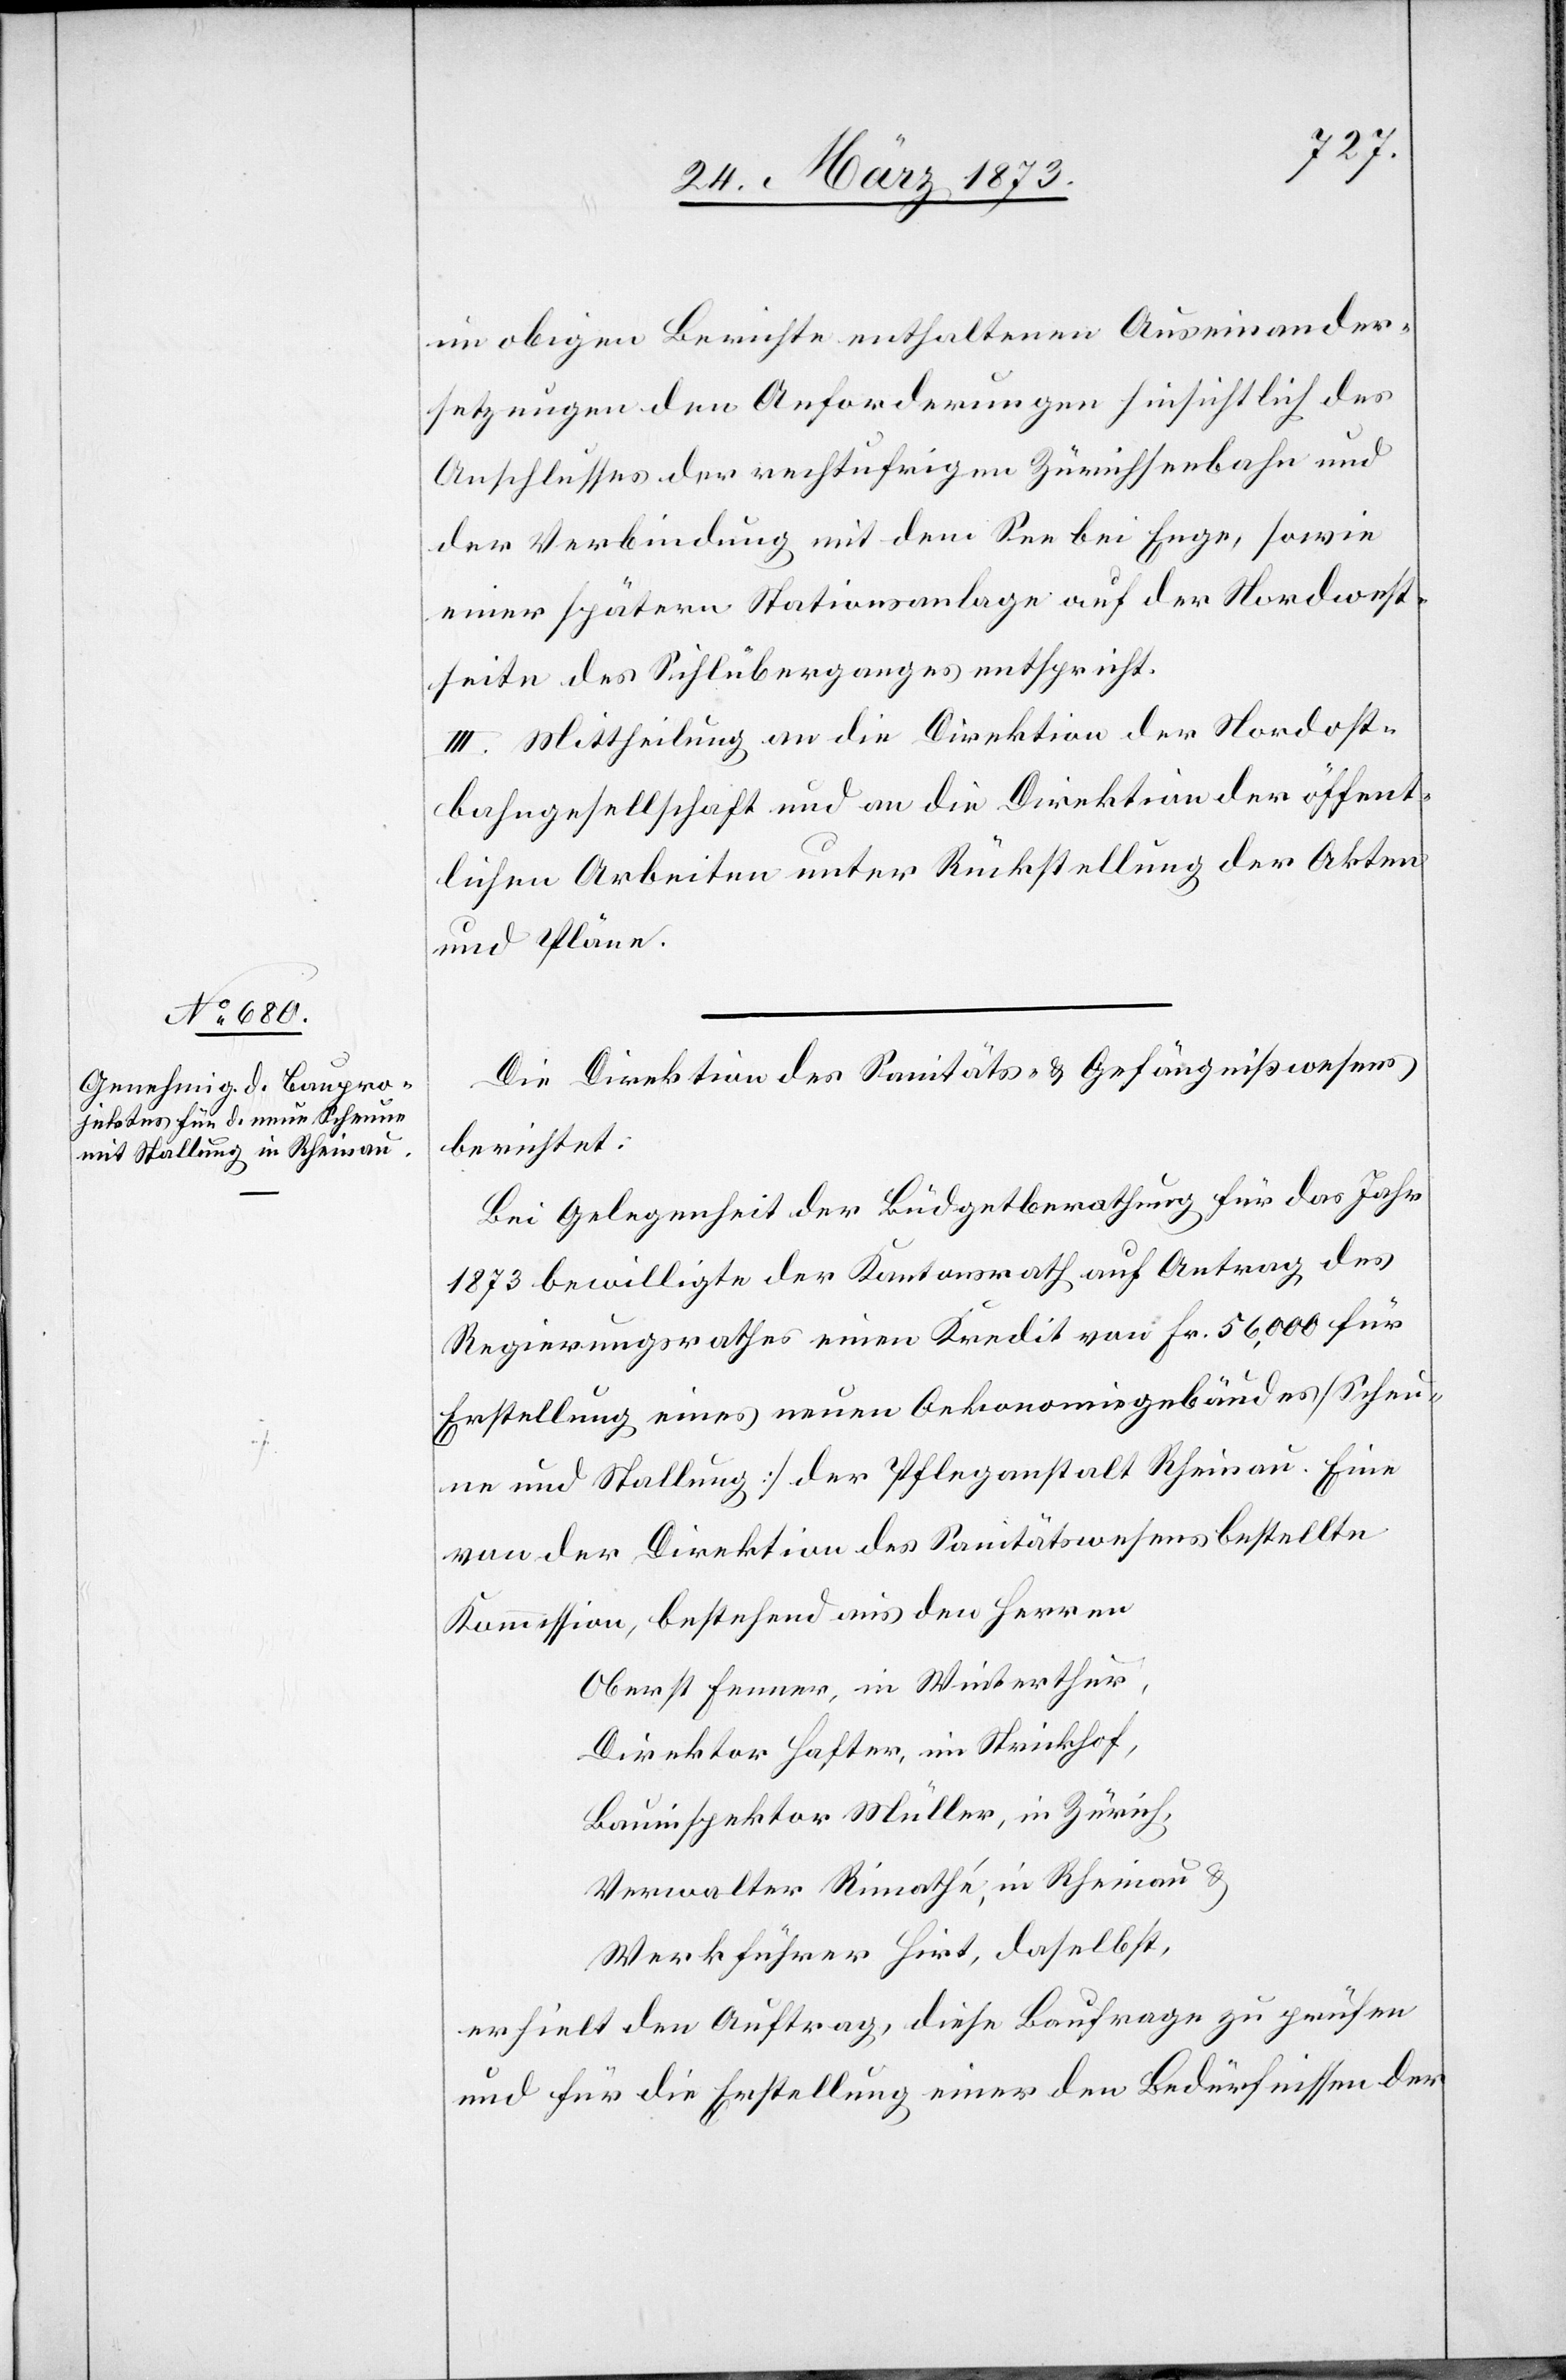
im obigen Berichte enthaltenen Auseinander¬
setzungen den Anforderungen hinsichtlich des
Anschlusses der rechtufrigen Zürichseebahn und
der Verbindung mit dem See bei Enge, sowie
einer spätern Stationsanlage auf der Nordwest¬
seite des Sihlüberganges entspricht.
III. Mittheilung an die Direktion der Nordost¬
bahngesellschaft und an die Direktion der öffent¬
lichen Arbeiten unter Rückstellung der Akten
und Pläne.
Die Direktion des Sanitäts- u. Gefängnißwesens
berichtet:
Bei Gelegenheit der Büdgetberathung für das Jahr
1873 bewilligte der Kantonsrath auf Antrag des
Regierungsrathes einen Kredit von Fr. 56,000 für
Erstellung eines neuen Oekonomiegebäudes [Scheu¬
ne und Stallung] der Pfleganstalt Rheinau. Eine
von der Direktion des Sanitätswesens bestellte
Kommission, bestehend aus den Herren
Oberst Fenner, in Winterthur,
Direktor Hafter, im Strickhof,
Bauinspektor Müller, in Zürich,
Verwalter Rimathé, in Rheinau u.
Werkführer Hirt, daselbst,
erhielt den Auftrag, diese Baufrage zu prüfen
und für die Erstellung einer den Bedürfnissen der